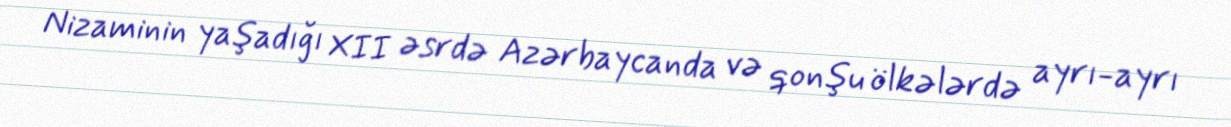
Nizaminin yaşadığı XII əsrdə Azərbaycanda və qonşu ölkələrdə ayrı-ayrı